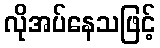
လိုအပ်နေသဖြင့်